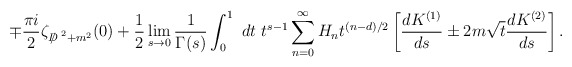
\begin{align*}\mp \frac{\pi i}{2}\zeta_{{D\!\!\!\!/}^{~2}+m^2}(0)+\frac{1}{2}\lim_{s\to 0}\frac{1}{\Gamma(s)}\int^1_0~dt~t^{s-1}\sum_{n=0}^{\infty} H_nt^{{(n-d)}/{2}}\left[\frac{d K^{(1)}}{ds}\pm 2 m\sqrt{t}\frac{d K^{(2)}}{ds}\right].\end{align*}